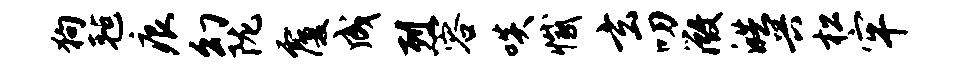
狗毡痕幻陇覆成烈容啖撼玄叨微皓兴松牢